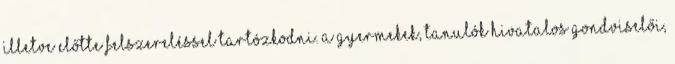
illetve előtte felszereléssel tartózkodni. A gyermekek, tanulók hivatalos gondviselői,